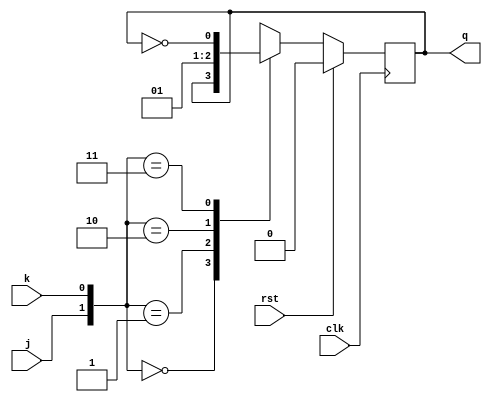
module jk_ff(clk,rst,j,k,q);
input j,k,clk,rst;
output reg q;

assign q_t=q;
assign qbar=~q_t;
always @(negedge clk)begin
  if(rst==1)begin
  		q<=0;
  end
  else begin
	case({j,k})
		2'b00: q<=q_t;
		2'b01: q<=0;
		2'b10: q<=1;
		2'b11: q<=qbar;	
	endcase
 end	
end
endmodule